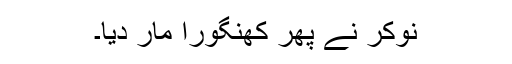
نوکر نے پھر کھنگورا مار دیا۔